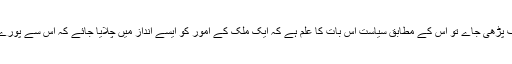
سیاسیات کی اگر تعریف پڑھی جاے تو اس کے مطابق سیاست اس بات کا علم ہے کہ ایک ملک کے امور کو ایسے انداز میں چلایا جائے کہ اس سے پورے معاشرے کی فلاح ہو۔